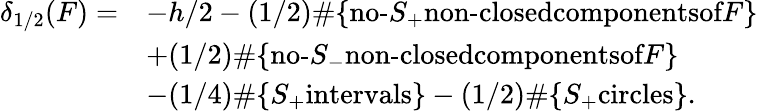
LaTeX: \begin{array}{rl}{\delta_{1/2}(F)=}&{-h/2-(1/2)\# \{ \textrm{no-}S_{+}\textrm{non-closedcomponentsof}F\} }\\ &{+(1/2)\# \{ \textrm{no-}S_{-}\textrm{non-closedcomponentsof}F\} }\\ &{-(1/4)\# \{ S_{+}\textrm{intervals}\} -(1/2)\# \{ S_{+}\textrm{circles}\} .}\end{array}